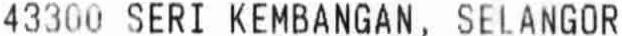
43300 SERI KEMBANGAN, SELANGOR